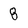
Character: 8